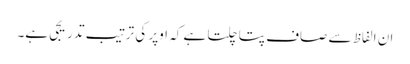
ان الفاظ سے صاف پتا چلتا ہے کہ اوپر کی ترتیب تدریجی ہے۔